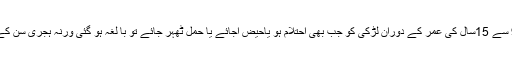
اسی طرح ہِجری سِن کے حساب سے 9 سے 15سال کی عمر کے دَوران لڑکی کو جب بھی اِحتِلام ہو یاحَیض آجائے یا حَمل ٹھہر جائے تو با لِغہ ہو گئی ورنہ ہجری سِن کے مطابِق15سال کی ہوتے ہی بالِغہ ہے۔